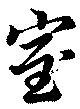
室